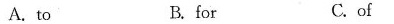
A.to B. for C. of